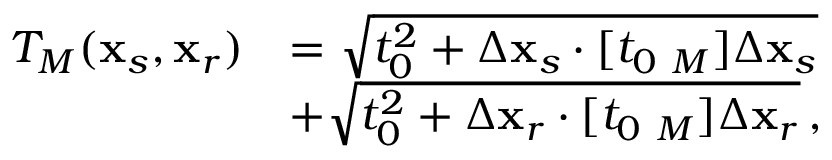
\begin{array} { r l } { { \cal T } _ { M } ( { \bf x } _ { s } , { \bf x } _ { r } ) } & { = \sqrt { t _ { 0 } ^ { 2 } + \Delta { \bf x } _ { s } \cdot [ t _ { 0 } { \bf \Gamma } _ { M } ] \Delta { \bf x } _ { s } } } \\ & { + \sqrt { t _ { 0 } ^ { 2 } + \Delta { \bf x } _ { r } \cdot [ t _ { 0 } { \bf \Gamma } _ { M } ] \Delta { \bf x } _ { r } } \, , } \end{array}